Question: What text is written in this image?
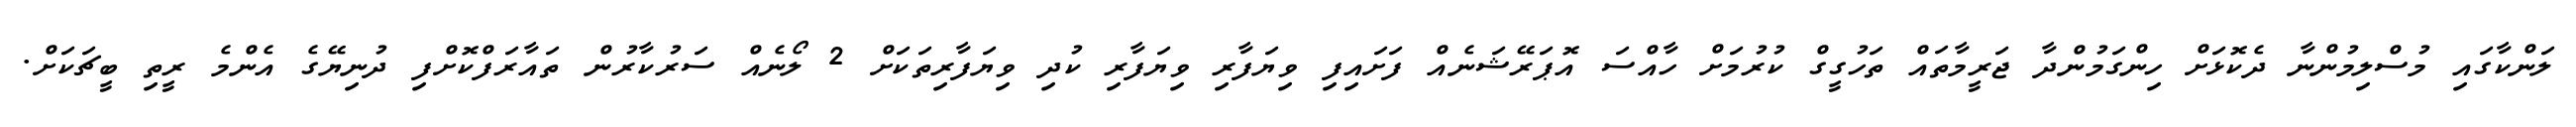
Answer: ލަންކާގައި މުސްލިމުންނާ ދެކޮޅަށް ހިންގަމުންދާ ޖަރީމާތައް ތަހުގީގް ކުރުމަށް ހާއްސަ އޮޕަރޭޝަނެއް ފަށައިފި ވިޔަފާރި ވިޔަފާރި ކުދި ވިޔަފާރިތަކަށް 2 ލޯނެއް ސަރުކާރުން ތައާރަފްކޮށްފި ދުނިޔޭގެ އެންމެ ރީތި ބީޗަކަށް.